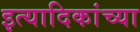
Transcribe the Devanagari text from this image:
इत्यादिकांच्या